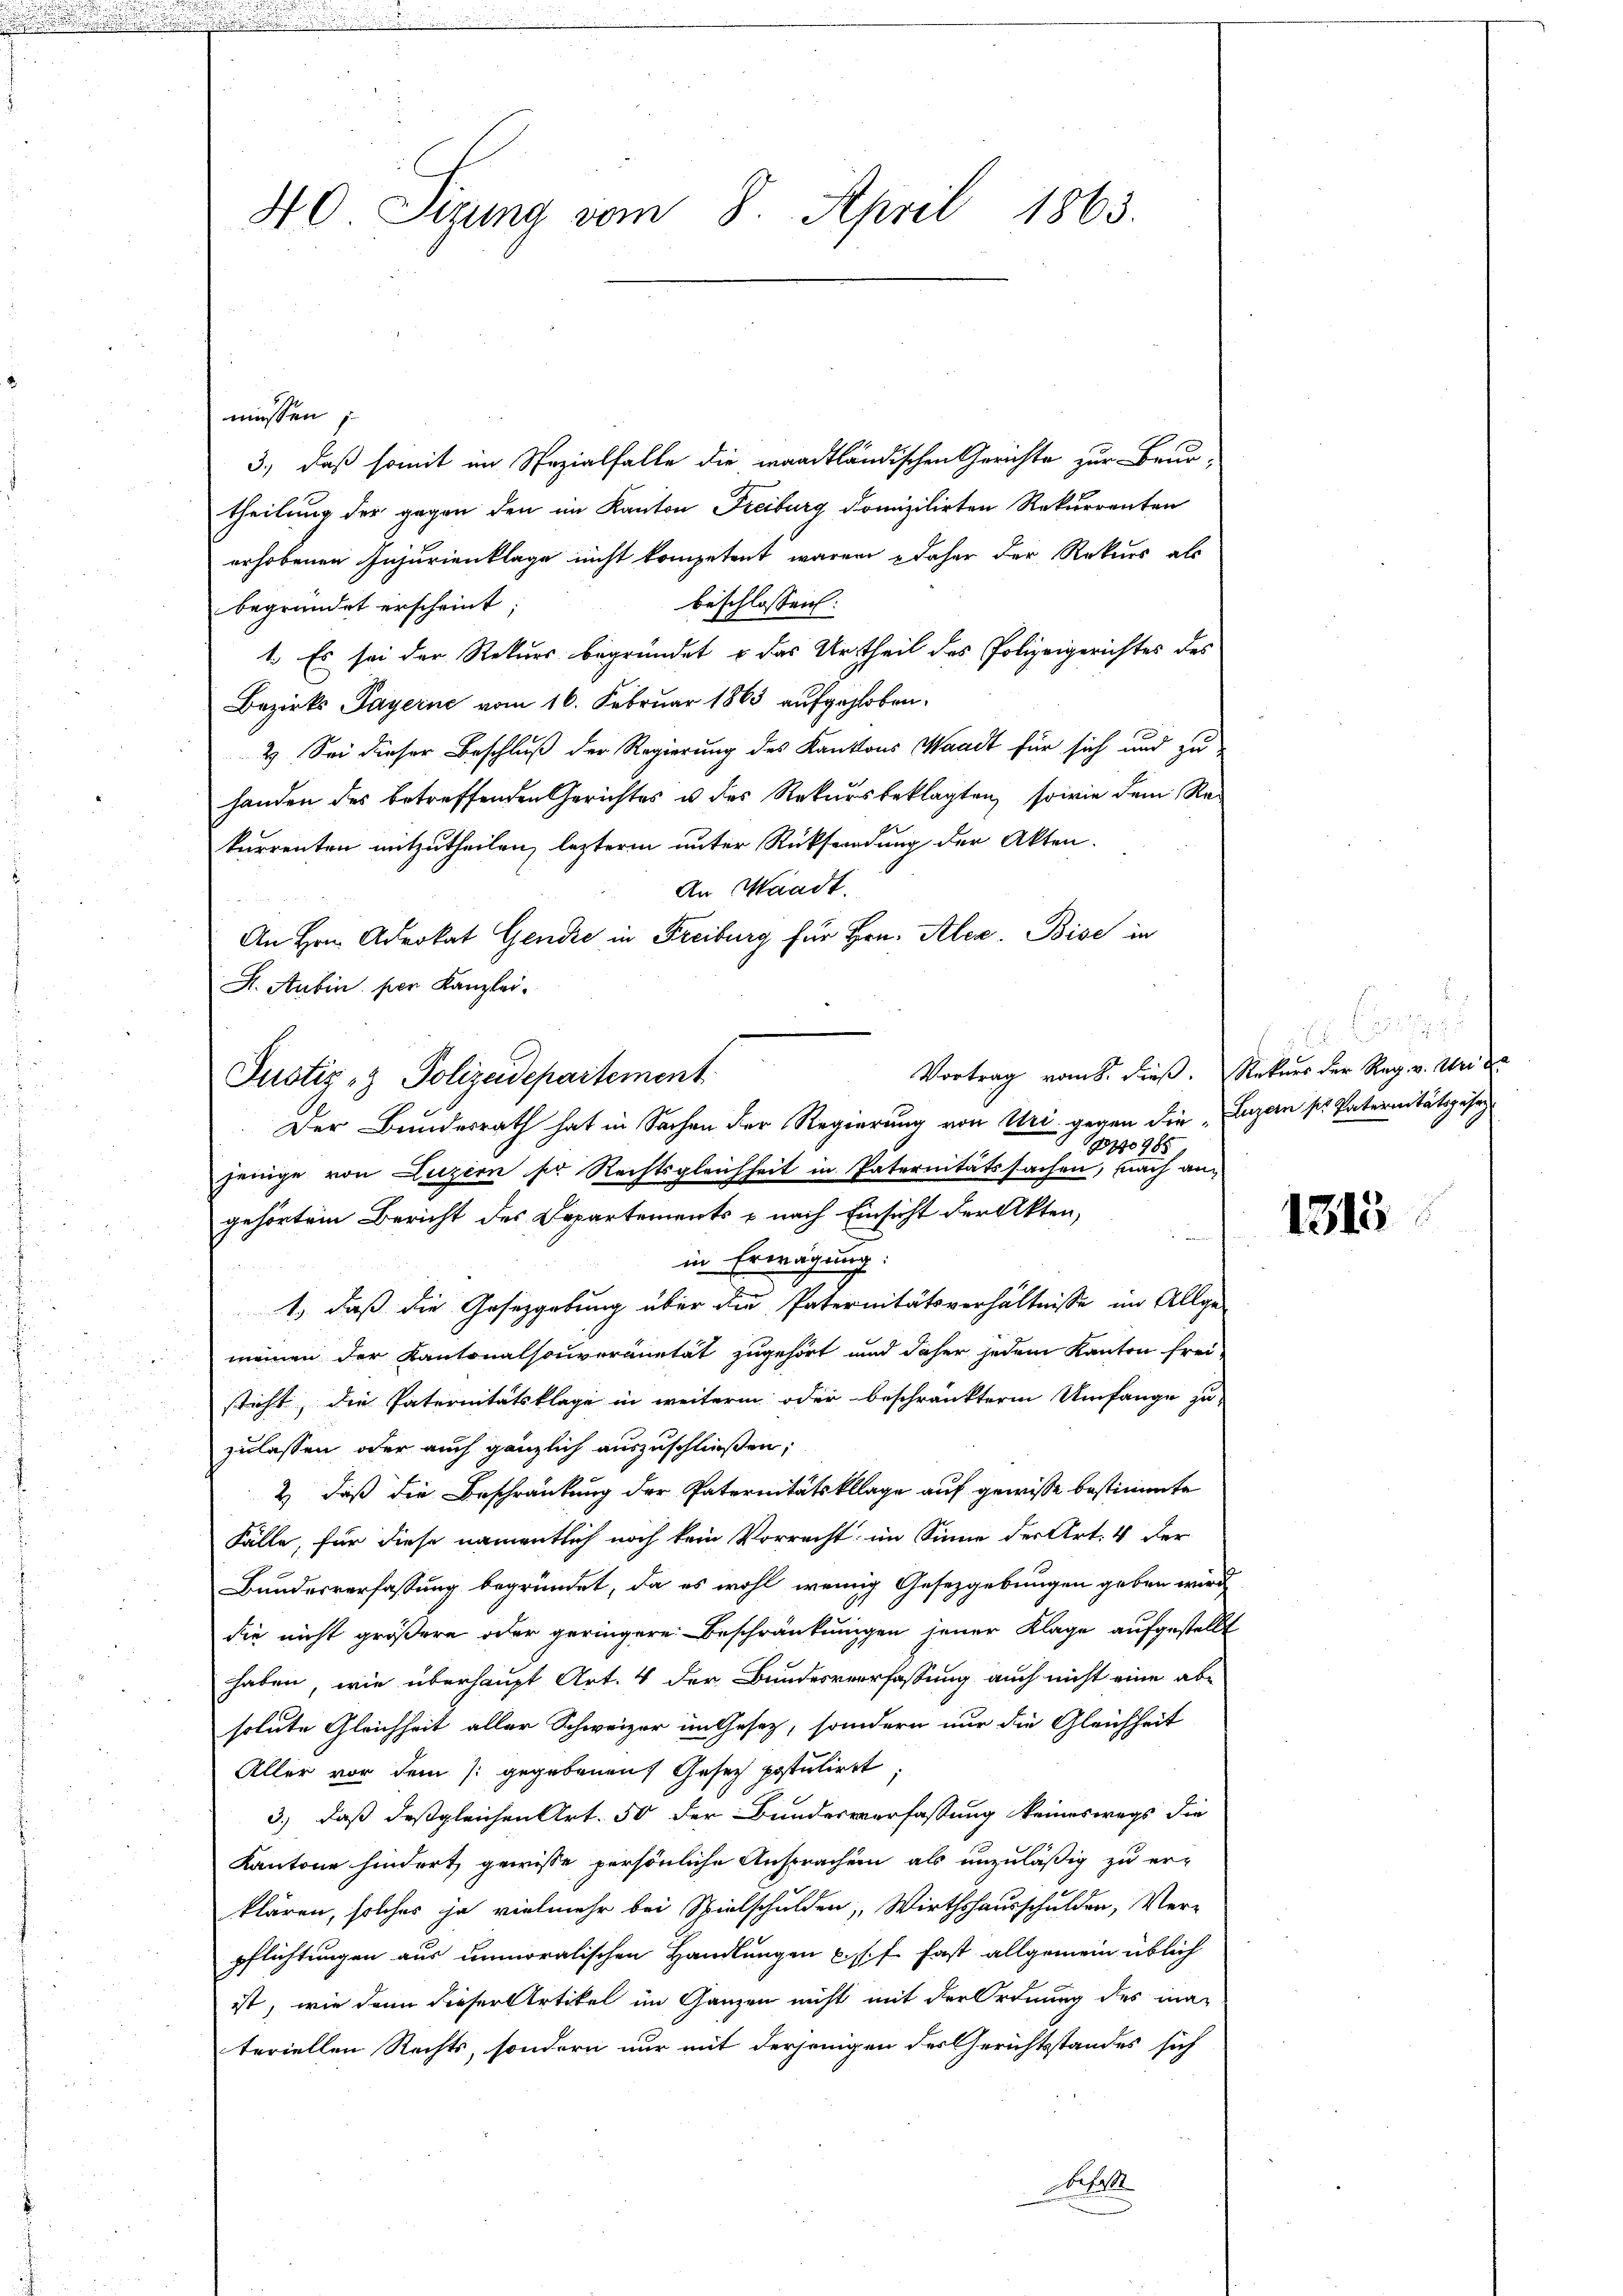
.

40 Sizung vom 8. April 1863.

müssen.
3., daß somit im Spezialfalle die waadtländischen Gerichte zur Beur-
theilung der gegen den im Kanton Freiburg domizilirten Rekurrenten
erhobenen Injurienklage nicht kompetent waren daher der Rekurs als
beschlossen:
begründet erscheint
1. Es sei der Rekurs begründet u das Urtheil des Polizeigerichtes des
Bezirks Payerne vom 16. Februar 1863 aufgehoben.
2.) Sei dieser Beschluß der Regierung des Kantons Waadt für sich und zu
handen des betreffenden Gerichtes u des Rekursbeklagten sowie dem Rekurrenten mitzutheilen, lezterm unter Rücksendung der Akten.
An Waadt.
An Hrn. Advokat Gendre in Freiburg für Hrn. Alex. Bise in
F. Aubin. per Kanzlei.
Justiz- & Polizeidepartement
Der Bundesrath hat in Sachen der Regierung von Uri gegen die Luzern s. Paternitätsgesag
10985
jenige von Luzern sie Rechtsgleichheit in Paternitätssachen, nach angehörtem Bericht des Departements - nach Einsicht der Akten,
in Erwägung:
1) daß die Gesetzgebung über die Paternitätsverhältnisse im Allge-
meinen der Kantonalsouveränetät zugehört und daher jedem Kanton frei-
sticht, die Paternitätsklage in weiterm oder beschränkterm Umfange zu
zulassen, oder auch gänzlich auszuschließen,
2) daß die Beschränkung der Paternitätsklage auf gewisse bestimmte
Fälle, für diese namentlich noch kein Vorrecht im Sinne der Art. 4 der
Bundesverfassung begründet, da es wohl wenig Gesetzgebungen geben wird,
die nicht größere oder geringere Beschränkungen jener Klage aufgestellt
haben, wie überhaupt Art. 4 der Bundesverfassung auch nicht eine ab-
solute Gleichheit aller Schweizer im Gesetz, sondern nur die Gleichheit
Aller vor dem /: gegebenen Gesetz postuliret,
3.) daß deßgleichen Art. 50 der Bundesverfassung keineswegs die
Kantone hindert gewisse persönliche Ansprachen als unzuläßig zu er-
klären, solches ja vielmehr bei Spielschulden, Wirthshausschulden, Ver-
pflichtungen aus unmoralischen Handlungen u. s. f. fast allgemein üblich
ist, wie dann dieser Artikel im Ganzen nicht mit der Ordnung des materiellen Rechts, sondern nur mit derjenigen des Gerichtsstandes sich
ehol

i. C
Vortrag vom h. dieß. Rekurs der Reg. v. Uri

1315